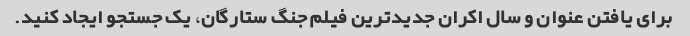
برای یافتن عنوان و سال اکران جدیدترین فیلم جنگ ستارگان، یک جستجو ایجاد کنید.